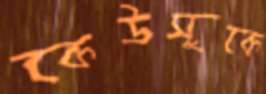
কেউসুকে